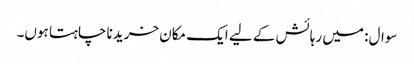
سوال: میں رہائش کے لیے ایک مکان خریدنا چاہتا ہوں۔